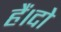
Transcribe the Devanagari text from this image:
हैं।दो